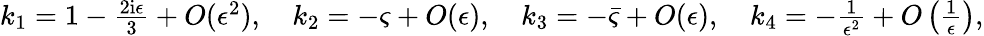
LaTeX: \begin{array}{r}{k_{1}=1-\frac{2\mathrm{i}\epsilon}{3}+O(\epsilon^{2}),\quad k_{2}=-\varsigma+O(\epsilon),\quad k_{3}=-\bar{\varsigma}+O(\epsilon),\quad k_{4}=-\frac{1}{\epsilon^{2}}+O\left(\frac{1}{\epsilon}\right),}\end{array}